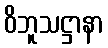
ဝိဘူသဋ္ဌာနာ